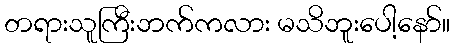
တရားသူကြီးဘက်ကလား မသိဘူးပေါ့နော်။